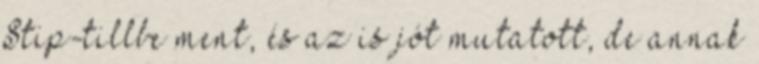
Stip-tillbe ment, és az is jót mutatott, de annak